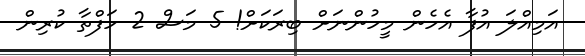
އަމިއްލަ އުފާ އެހެން މީހުންނަށް ބިރަކަށް! 5 މަސް 2 ހަފްތާ ކުރިން